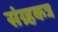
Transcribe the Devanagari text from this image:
संग्र्हकत्र